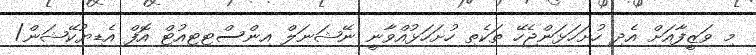
މި ވަޒީފާއަށް އެދި ހުށަހަޅަންޖެހޭ ތަކެތި ހުށަހަޅުއްވާނީ ނޭޝަނަލް އިންސްޓިޓިއުޓް އޮފް އެޑިޔުކޭޝަން/